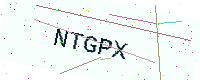
Text: NTGPX